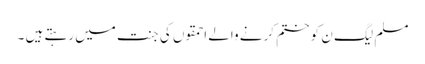
مسلم لیگ ن کو ختم کرنے والے احمقوں کی جنت میں رہتے ہیں ۔